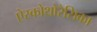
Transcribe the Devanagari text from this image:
ऐस्कोथोरैसिका